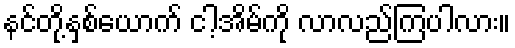
နင်တို့နှစ်ယောက် ငါ့အိမ်ကို လာလည်ကြပါလား။